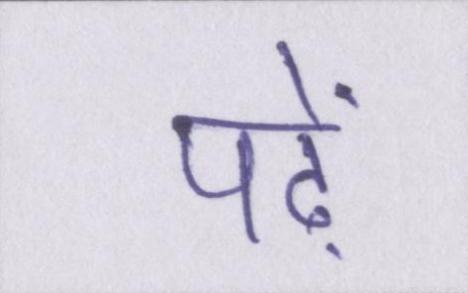
पढ़ें